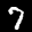
Label: 7